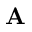
\mathbf { A }